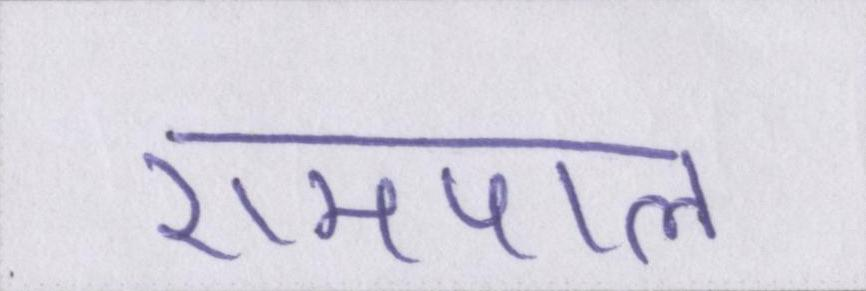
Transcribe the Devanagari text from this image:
रामपाल